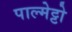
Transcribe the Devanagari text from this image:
पाल्मेट्टो